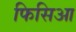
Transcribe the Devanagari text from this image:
फिसिआ